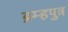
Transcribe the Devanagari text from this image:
ब्रम्हपुत्र